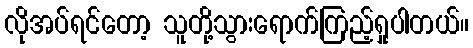
လိုအပ်ရင်တော့ သူတို့သွားရောက်ကြည့်ရှုပါတယ်။